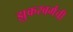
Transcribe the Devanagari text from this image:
झुकरबर्गची